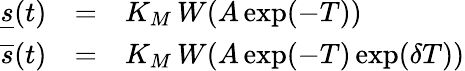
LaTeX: \begin{array}{rcl}{\underline{{s}}(t)}&{=}&{K_{M}\, W(A\exp(-T))}\\ {\overline{{s}}(t)}&{=}&{K_{M}\, W(A\exp(-T)\exp(\delta T))}\end{array}